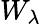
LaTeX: W_{\lambda}